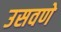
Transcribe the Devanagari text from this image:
उसवणे